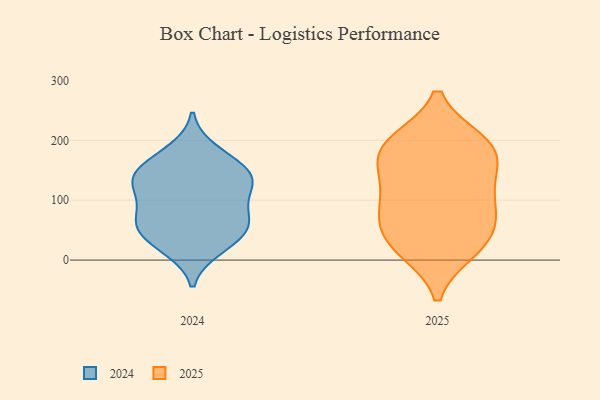
{"axis": {"x": "Inventory Turnover", "y": "Value"}, "legend": ["2024", "2025"], "data": [{"x": "", "y": 195, "type": "2025"}, {"x": "", "y": 97, "type": "2025"}, {"x": "", "y": 23, "type": "2025"}, {"x": "", "y": 147, "type": "2025"}, {"x": "", "y": 58, "type": "2025"}, {"x": "", "y": 196, "type": "2025"}, {"x": "", "y": 96, "type": "2025"}, {"x": "", "y": 87, "type": "2025"}, {"x": "", "y": 198, "type": "2025"}, {"x": "", "y": 22, "type": "2025"}, {"x": "", "y": 16, "type": "2025"}, {"x": "", "y": 142, "type": "2025"}, {"x": "", "y": 188, "type": "2025"}, {"x": "", "y": 57, "type": "2025"}, {"x": "", "y": 162, "type": "2025"}, {"x": "", "y": 74, "type": "2024"}, {"x": "", "y": 146, "type": "2024"}, {"x": "", "y": 81, "type": "2024"}, {"x": "", "y": 63, "type": "2024"}, {"x": "", "y": 131, "type": "2024"}, {"x": "", "y": 143, "type": "2024"}, {"x": "", "y": 170, "type": "2024"}, {"x": "", "y": 184, "type": "2024"}, {"x": "", "y": 49, "type": "2024"}, {"x": "", "y": 52, "type": "2024"}, {"x": "", "y": 145, "type": "2024"}, {"x": "", "y": 22, "type": "2024"}, {"x": "", "y": 18, "type": "2024"}, {"x": "", "y": 114, "type": "2024"}, {"x": "", "y": 50, "type": "2024"}, {"x": "", "y": 107, "type": "2024"}, {"x": "", "y": 133, "type": "2024"}]}